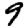
Digit: 9